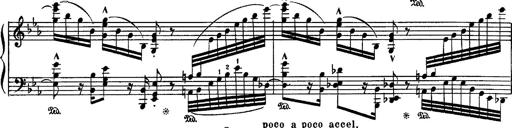
Title: Fantaisie sur des motifs favoris de l'opÃ©ra 'La sonnambula'
Composer: Franz Liszt